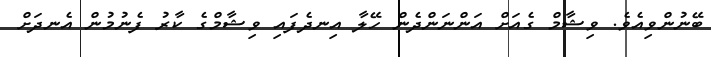
ބޭނުންވިއެވެ. ވިޝާމް ގެއަށް އަންނަންދެން ހޭލާ އިނދެފައި ވިޝާމްގެ ކާރު ފެނުމުން އެނދަށް